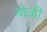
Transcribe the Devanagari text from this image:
बोळी